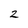
Character: 2